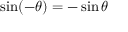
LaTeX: \sin ( - \theta ) = - \sin \theta